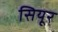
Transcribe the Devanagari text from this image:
सियूर